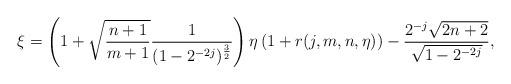
LaTeX: \begin{align*}\xi=\left(1+\sqrt{\frac{n+1}{m+1}}\frac{1}{(1-2^{-2j})^{\frac{3}{2}}}\right)\eta\left(1+r(j,m,n,\eta)\right) -\frac{2^{-j}\sqrt{2n+2}}{\sqrt{1-2^{-2j}}},\end{align*}